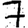
Digit: 7